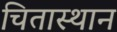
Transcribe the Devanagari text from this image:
चितास्थान